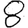
Digit: 8